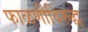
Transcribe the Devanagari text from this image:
फाळणीविरुद्ध